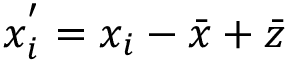
x _ { i } ^ { ' } = x _ { i } - { \bar { x } } + { \bar { z } }